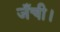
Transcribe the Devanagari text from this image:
जँची।